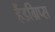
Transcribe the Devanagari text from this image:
हैंडग्रिप्स